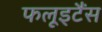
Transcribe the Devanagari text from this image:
फलूइटैंस